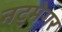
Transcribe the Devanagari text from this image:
नट्मेगर